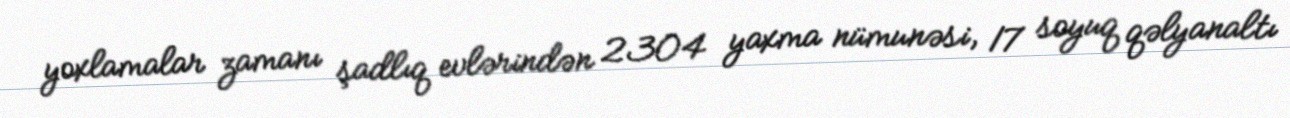
yoxlamalar zamanı şadlıq evlərindən 2304 yaxma nümunəsi, 17 soyuq qəlyanaltı